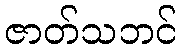
ဇာတ်သဘင်